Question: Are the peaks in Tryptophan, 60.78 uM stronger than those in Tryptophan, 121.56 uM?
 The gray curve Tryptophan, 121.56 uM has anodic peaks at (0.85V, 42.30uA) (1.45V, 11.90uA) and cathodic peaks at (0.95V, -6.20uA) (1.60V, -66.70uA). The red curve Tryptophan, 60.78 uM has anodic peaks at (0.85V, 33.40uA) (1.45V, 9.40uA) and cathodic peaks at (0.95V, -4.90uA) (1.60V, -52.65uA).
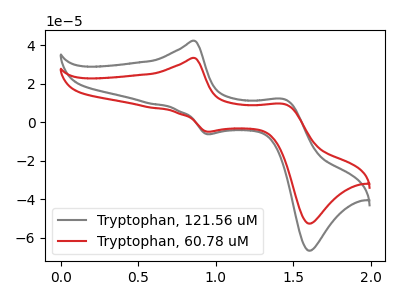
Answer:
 <answer>Every peak in "Tryptophan, 60.78 uM" is lower than every peak in "Tryptophan, 121.56 uM".</answer>
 <eval>lower</eval>